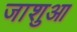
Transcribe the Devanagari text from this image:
जाशुआ